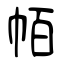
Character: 帞